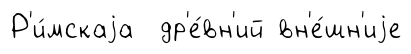
Р'и́мскаjа др'е́вн'ий вн'е́шн'иjе